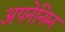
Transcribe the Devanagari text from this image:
अपनेनिम्न